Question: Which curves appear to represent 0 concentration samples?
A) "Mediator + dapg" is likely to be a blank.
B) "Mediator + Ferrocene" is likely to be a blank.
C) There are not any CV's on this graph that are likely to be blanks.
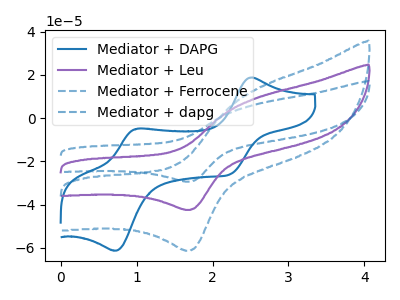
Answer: <think>The blue curve "Mediator + DAPG" has anodic peaks at (2.50V, 18.80uA) (1.00V, -4.85uA) and cathodic peaks at (2.25V, -25.95uA) (0.70V, -61.40uA). The purple curve "Mediator + Leu" has an anodic peak at (2.55V, 9.10uA) and a cathodic peak at (1.70V, -42.50uA). The blue dashed curve "Mediator + Ferrocene" has an anodic peak at (2.55V, 13.15uA) and a cathodic peak at (1.70V, -61.40uA). The blue dashed curve "Mediator + dapg" has an anodic peak at (2.55V, 18.20uA) and a cathodic peak at (1.70V, -85.00uA).</think>
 <answer>C) There are not any CV's on this graph that are likely to be blanks.</answer>
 <eval>C</eval>